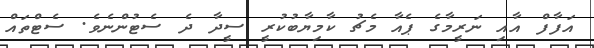
އަފާފް އާއި ނަރީމާގެ ޕެއާ މެޗު ކާމިޔާބުކުރީ ސީދާ ދެ ސެޓުންނެވެ. ސެޓްތައް